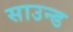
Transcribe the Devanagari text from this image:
साउन्‍ड